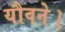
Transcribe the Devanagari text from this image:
यौवने।